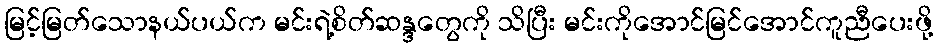
မြင့်မြတ်သောနယ်ပယ်က မင်းရဲ့စိတ်ဆန္ဒတွေကို သိပြီး မင်းကိုအောင်မြင်အောင်ကူညီပေးဖို့